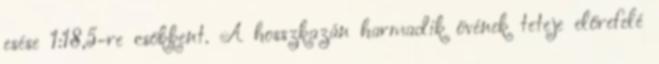
esése 1:18,5-re csökkent. A hosszkazán harmadik övének teteje előrefelé